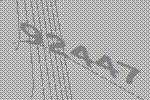
92447